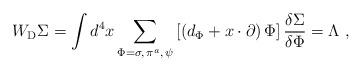
LaTeX: \begin{align*}W_{\rm D} \Sigma= \int d^4x \sum\limits_{{\Phi=\sigma,\,\pi^a,\,\psi}}\left[ \left( d_\Phi+x\cdot \partial \right) \Phi \right] \frac {\delta \Sigma} {\delta \Phi}=\Lambda\,\,,\end{align*}